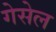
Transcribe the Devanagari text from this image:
गेसेल